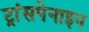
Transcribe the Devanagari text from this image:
ट्रांसपेनाइन